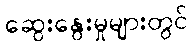
ဆွေးနွေးမှုများတွင်